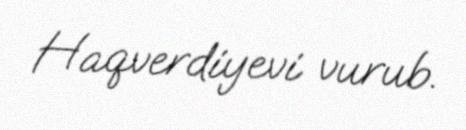
Haqverdiyevi vurub.